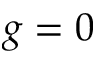
g = 0